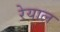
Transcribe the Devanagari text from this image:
रेयाल